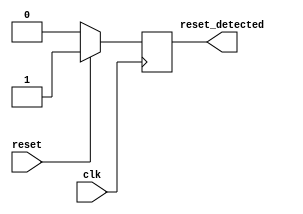
module reset_detector (
    input wire clk,            // Clock signal
    input wire reset,          // Synchronous reset signal
    output reg reset_detected  // Output indicating reset state
);

// Always block triggered on rising edge of clk
always @(posedge clk) begin
    // If reset is high, set reset_detected high
    if (reset) begin
        reset_detected <= 1'b1;
    end else begin
        // Otherwise, set reset_detected low
        reset_detected <= 1'b0;
    end
end

endmodule